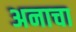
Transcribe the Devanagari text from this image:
अनाचा